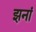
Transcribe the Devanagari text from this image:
झनां